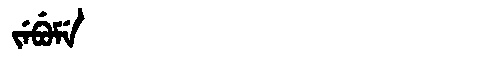
Manchu: ᠵᡝᠪᡠᠮᡝ
Romanization: JEBUME